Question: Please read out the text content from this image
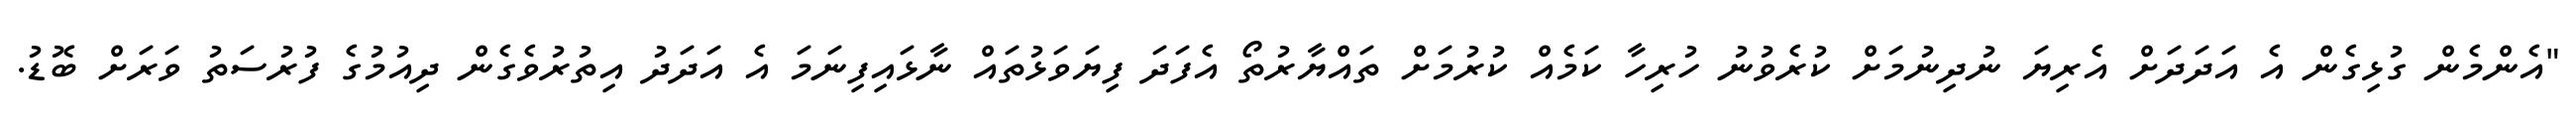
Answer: "އެންމެން ގުޅިގެން އެ އަދަދަށް އެރިޔަ ނުދިނުމަށް ކުރެވުނު ހުރިހާ ކަމެއް ކުރުމަށް ތައްޔާރުތޯ އެފަދަ ފިޔަވަޅުތައް ނާޅައިފިނަމަ އެ އަދަދު އިތުރުވެގެން ދިއުމުގެ ފުރުސަތު ވަރަށް ބޮޑު.